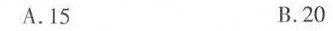
A.15 B.20